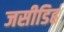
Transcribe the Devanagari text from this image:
जसीडिह